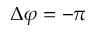
\Delta \varphi = - \pi